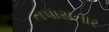
તપાસનાર